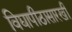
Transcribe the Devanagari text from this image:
विद्यापीठासारखी